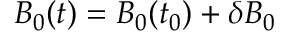
B _ { 0 } ( t ) = B _ { 0 } ( t _ { 0 } ) + \delta B _ { 0 }